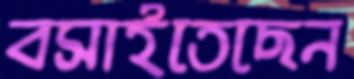
বসাইতেছেন